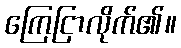
ကြေငြာလိုက်၏။